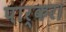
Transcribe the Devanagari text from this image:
पार्कर।